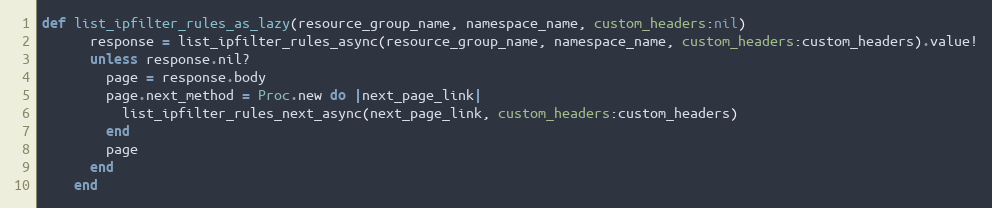
Language: Ruby
def list_ipfilter_rules_as_lazy(resource_group_name, namespace_name, custom_headers:nil)
      response = list_ipfilter_rules_async(resource_group_name, namespace_name, custom_headers:custom_headers).value!
      unless response.nil?
        page = response.body
        page.next_method = Proc.new do |next_page_link|
          list_ipfilter_rules_next_async(next_page_link, custom_headers:custom_headers)
        end
        page
      end
    end